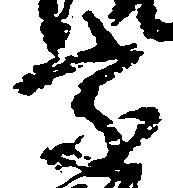
家